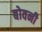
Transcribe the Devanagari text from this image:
बोवनी